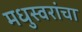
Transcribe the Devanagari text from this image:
मधुस्वरांचा